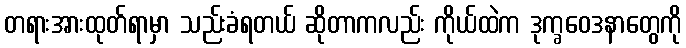
တရားအားထုတ်ရာမှာ သည်းခံရတယ် ဆိုတာကလည်း ကိုယ်ထဲက ဒုက္ခဝေဒနာတွေကို